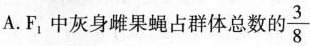
A. F_{1}中灰身雌果蝇占群体总数的\frac{3}{8}